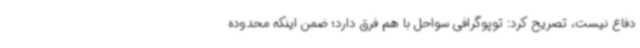
دفاع نیست، تصریح کرد: توپوگرافی سواحل با هم فرق دارد؛ ضمن اینکه محدوده